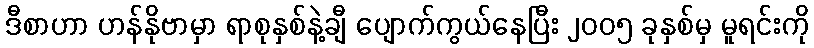
ဒီစာဟာ ဟန်နိုဗာမှာ ရာစုနှစ်နဲ့ချီ ပျောက်ကွယ်နေပြီး ၂၀၀၅ ခုနှစ်မှ မူရင်းကို